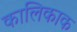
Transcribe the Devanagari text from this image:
कालिकाक